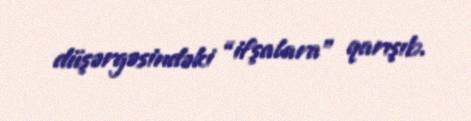
düşərgəsindəki “ifşalara” qarışıb.